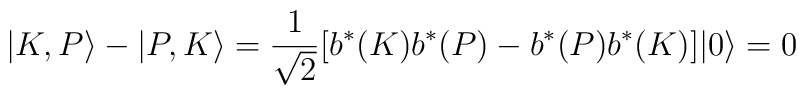
|K,P\rangle -|P,K\rangle ={\frac{1}{\sqrt{2}}}[b^{\ast }(K)b^{\ast}(P)-b^{\ast }(P)b^{\ast }(K)]|0\rangle =0